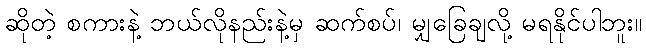
ဆိုတဲ့ စကားနဲ့ ဘယ်လိုနည်းနဲ့မှ ဆက်စပ်၊ မျှခြေချလို့ မရနိုင်ပါဘူး။